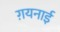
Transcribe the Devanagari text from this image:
ग़यनाई